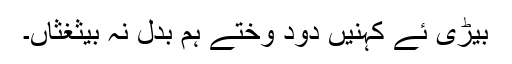
بیڑی ئے کہنیں دود وختے ہم بدل نہ بیثغثاں۔